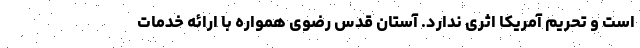
است و تحریم آمریکا اثری ندارد. آستان قدس رضوی همواره با ارائه خدمات